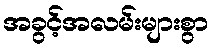
အခွင့်အလမ်းများစွာ